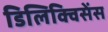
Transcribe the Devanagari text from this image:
डिलिक्विसेंस